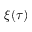
\xi ( \tau )